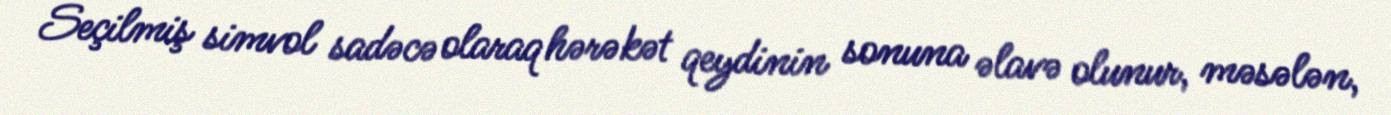
Seçilmiş simvol sadəcə olaraq hərəkət qeydinin sonuna əlavə olunur, məsələn,